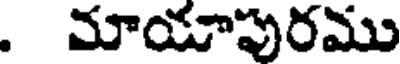
. మాయాపురము